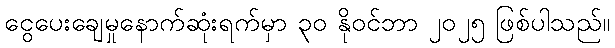
ငွေပေးချေမှုနောက်ဆုံးရက်မှာ ၃၀ နိုဝင်ဘာ ၂၀၂၅ ဖြစ်ပါသည်။